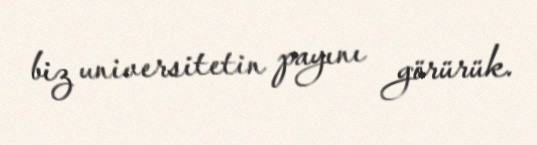
biz universitetin payını görürük.